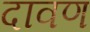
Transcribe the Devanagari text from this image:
दावण